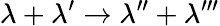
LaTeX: \lambda+\lambda^{\prime}\to\lambda^{\prime\prime}+\lambda^{\prime\prime\prime}